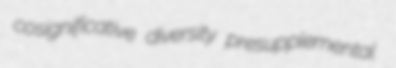
cosignificative diversity presupplemental